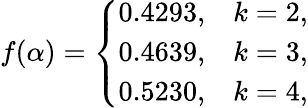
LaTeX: f(\alpha)=\left\{ \begin{array}{cc}{{0.4293,}}&{{k=2,}}\\ {{0.4639,}}&{{k=3,}}\\ {{0.5230,}}&{{k=4,}}\end{array}\right.